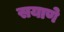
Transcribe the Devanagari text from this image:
सयाणे